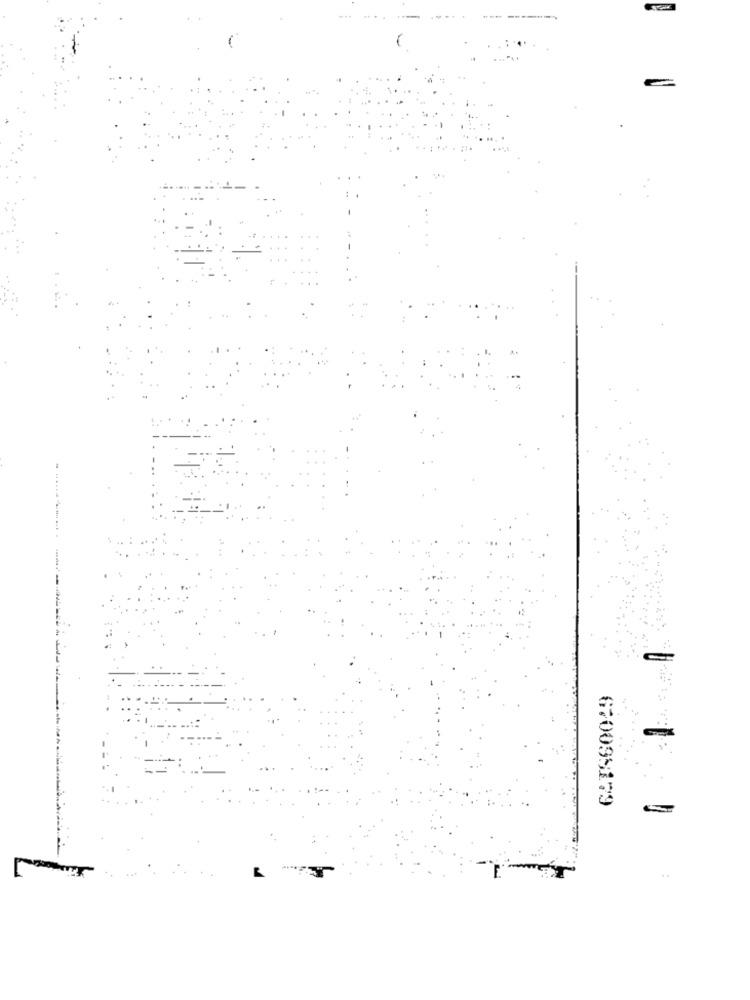
. ...........
670095179